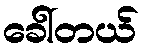
ခေါ်တယ်